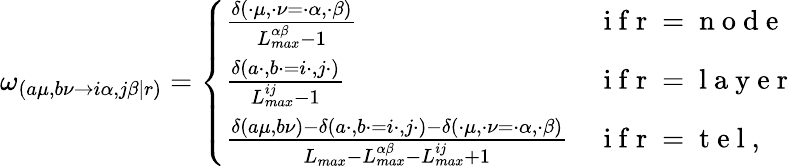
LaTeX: \begin{array}{r}{\omega_{(a\mu,b\nu\rightarrow i\alpha,j\beta|r)}=\left\{ \begin{array}{ll}{\frac{\delta(\cdot\mu,\cdot\nu=\cdot\alpha,\cdot\beta)}{L_{max}^{\alpha\beta}-1}}&{\mathrm{~i~f~r~=~n~o~d~e~}}\\ {\frac{\delta(a\cdot,b\cdot=i\cdot,j\cdot)}{L_{max}^{ij}-1}}&{\mathrm{~i~f~r~=~l~a~y~e~r~}}\\ {\frac{\delta(a\mu,b\nu)-\delta(a\cdot,b\cdot=i\cdot,j\cdot)-\delta(\cdot\mu,\cdot\nu=\cdot\alpha,\cdot\beta)}{L_{max}-L_{max}^{\alpha\beta}-L_{max}^{ij}+1}}&{\mathrm{~i~f~r~=~t~e~l~},}\end{array}\right.}\end{array}